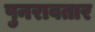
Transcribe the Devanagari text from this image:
पुनरावतार